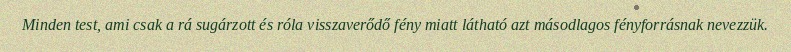
Minden test, ami csak a rá sugárzott és róla visszaverődő fény miatt látható azt másodlagos fényforrásnak nevezzük.